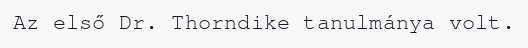
Az első Dr. Thorndike tanulmánya volt.